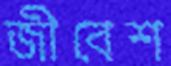
জীবেশ